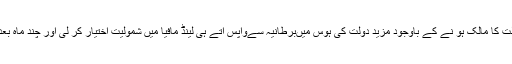
مگرکروڑوں کی جائیداد اور دولت کا مالک ہو نے کے باوجود مزید دولت کی ہوس میںبرطانیہ سےواپس آتے ہی لینڈ مافیا میں شمولیت اختیار کر لی اور چند ماہ بعد ہی موت کے منہ میں چلا گیا ۔